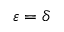
\varepsilon = \delta